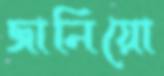
জানিয়ো